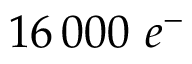
1 6 \, 0 0 0 ~ e ^ { - }